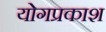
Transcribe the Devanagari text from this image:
योगप्रकाश